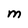
Character: M